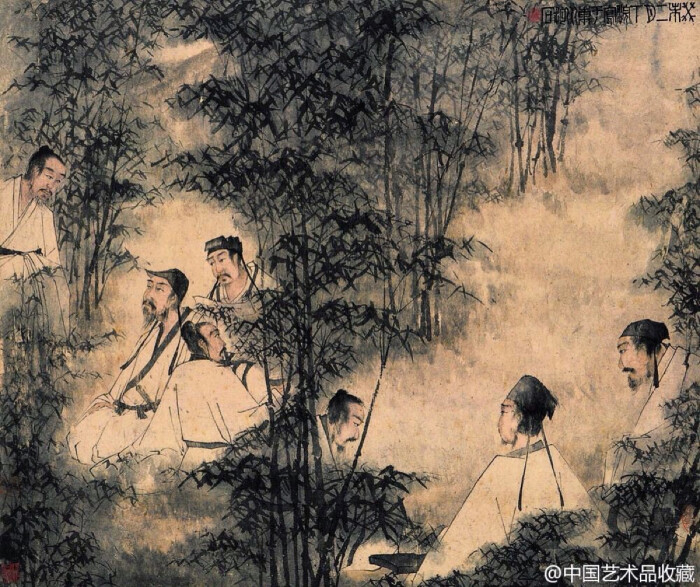
能令暂开霁，过是吾无求。